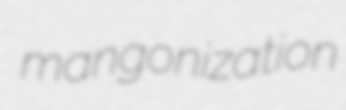
mangonization